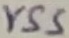
Text: VSS